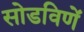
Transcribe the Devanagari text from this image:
सोडविणें